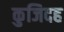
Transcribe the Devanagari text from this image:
कुजिदह